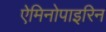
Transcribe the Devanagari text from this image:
ऐमिनोपाइरिन